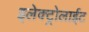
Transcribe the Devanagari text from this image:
इलेक्ट्रोलाईट